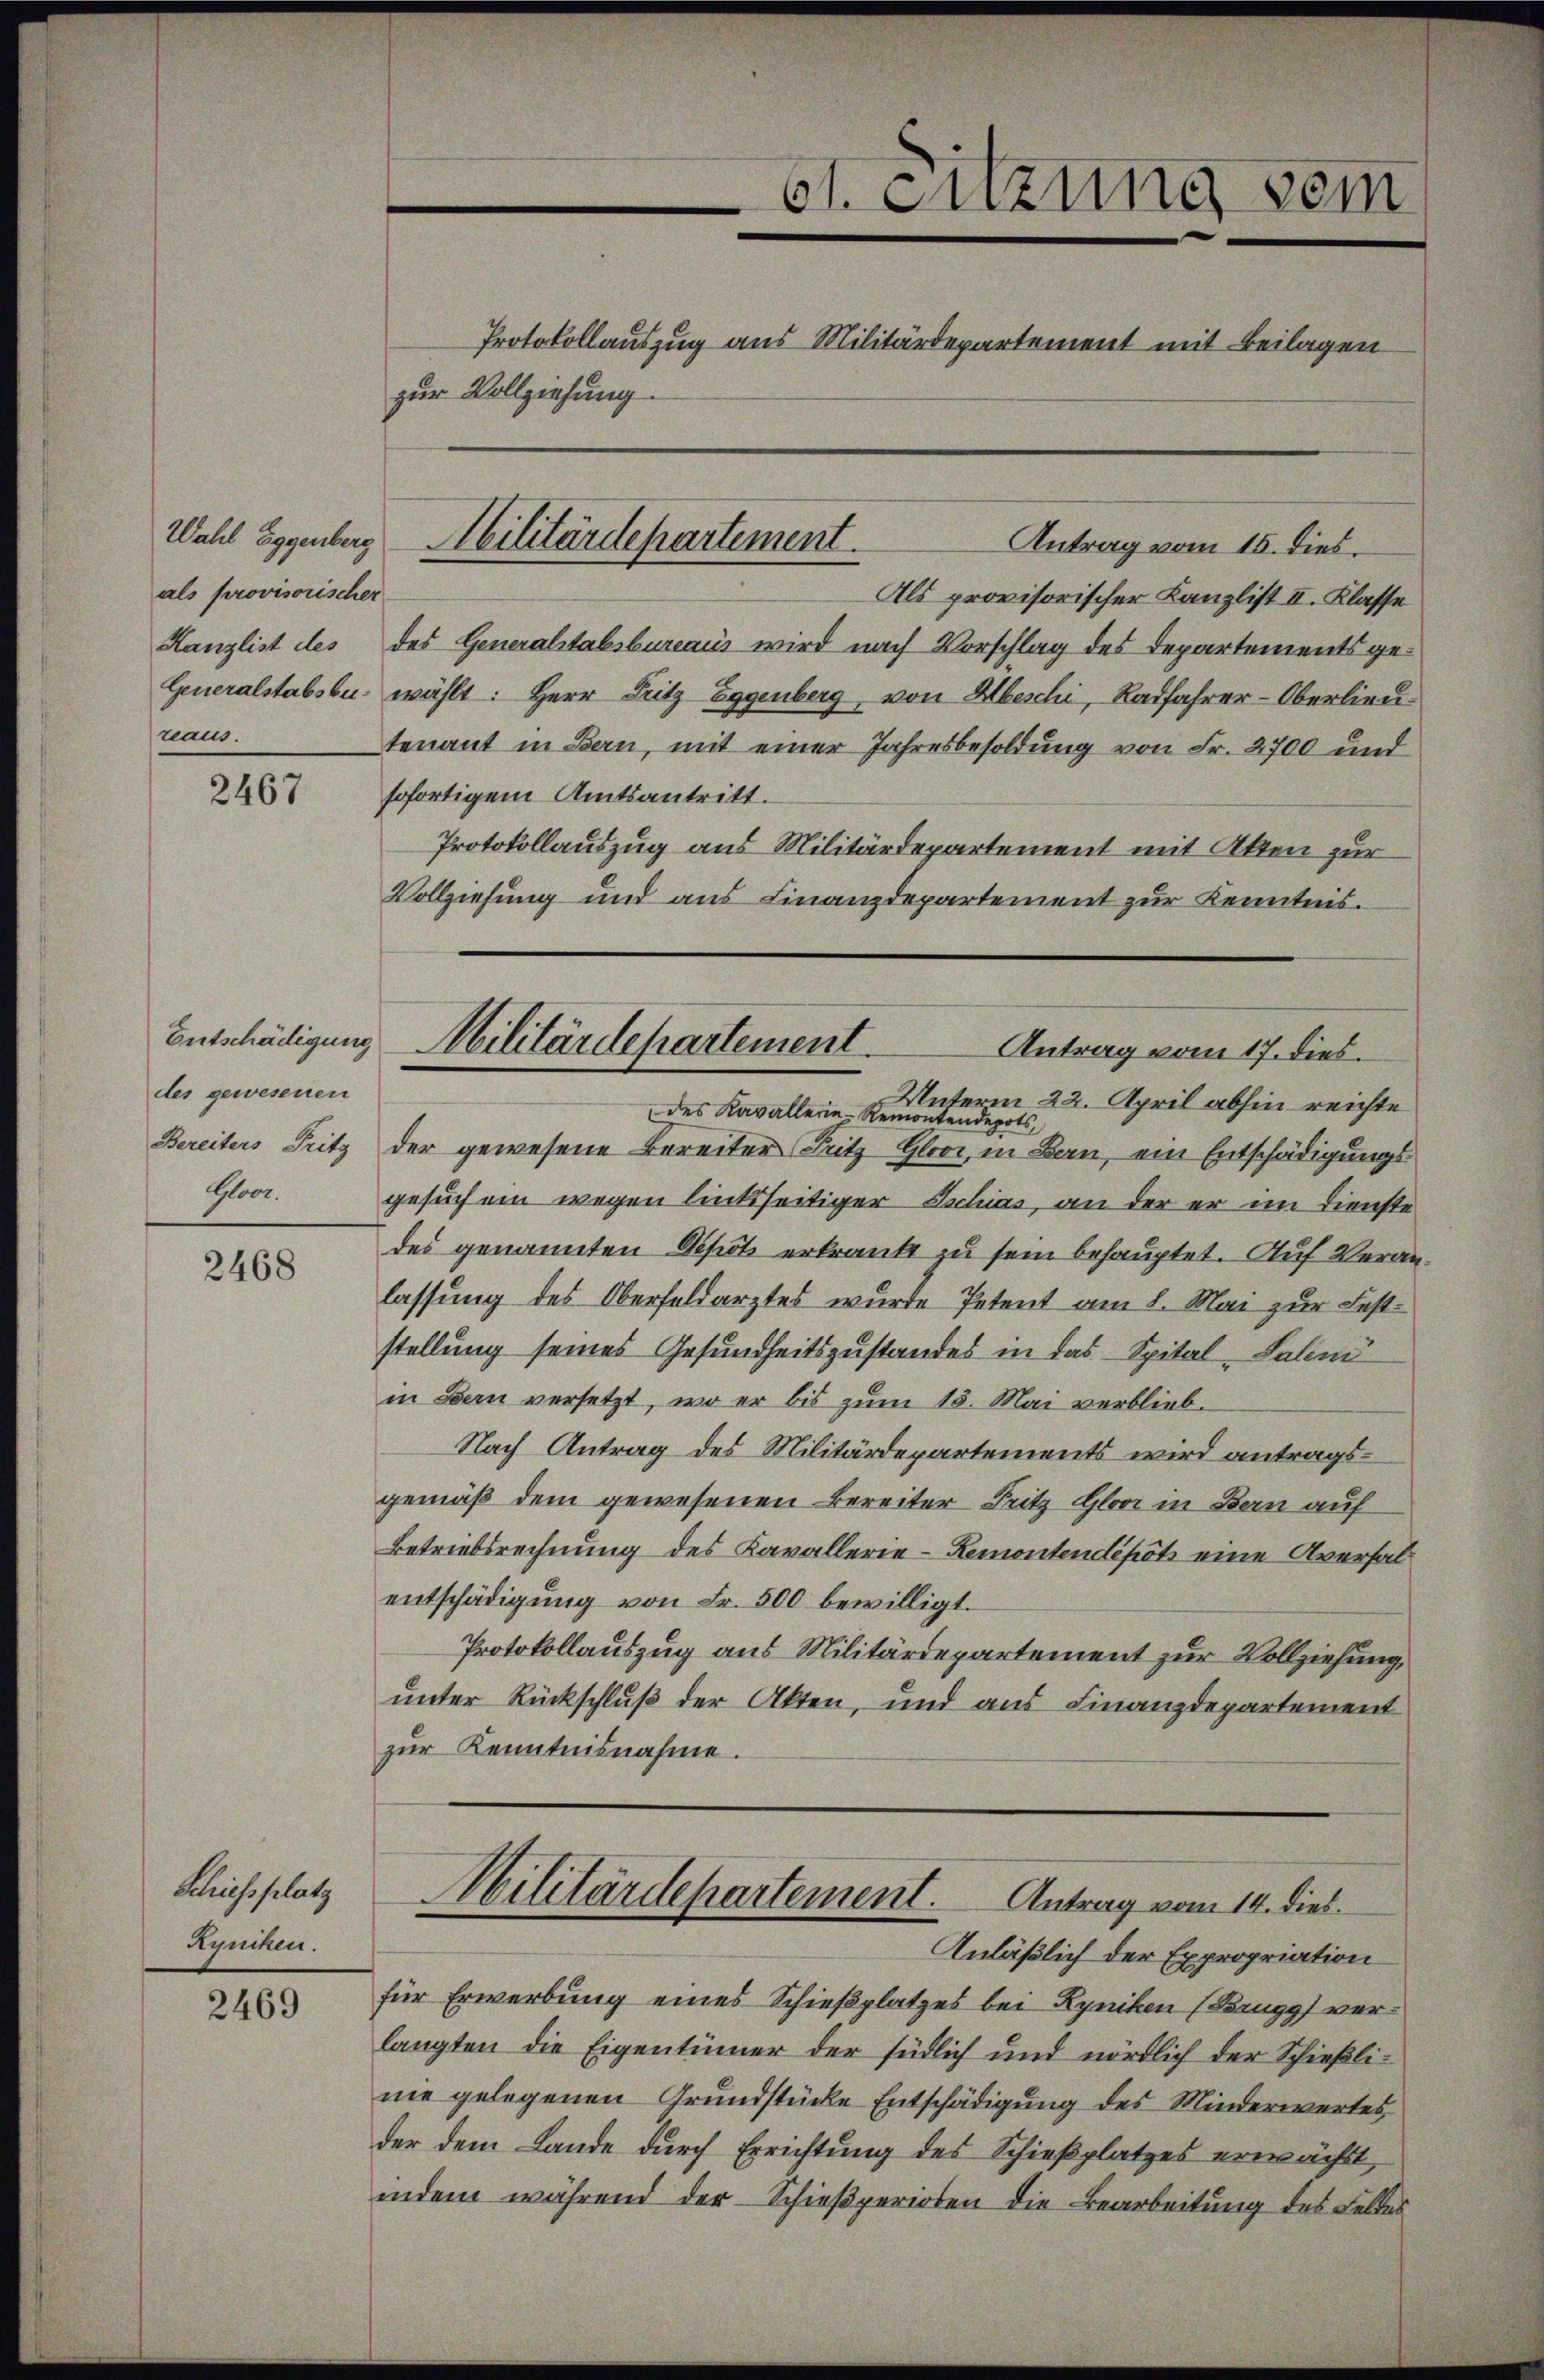
als provisorischer
Generalstabsbureaus.

2467

Entschädigung
des gewesenen
Bereiters Fritz
Gloor.

2468

Schiessplatz
Kyniken.

2469

zur Vollziehung.

Antrag vom 15. dies
Als provisorischer Kanzlist II. Klasse
Kanzlist des des Generalstabsbureaus wird nach Vorschlag des Departements gewählt: Herr Fritz Eggenberg von Abeschi, Radfahrer-Oberlieu
tenant in Bern, mit einer Jahresbesoldung von Fr. 2700 und
sofortigem Amtsantritt.
Protokollauszug aus Militärdepartement mit Akten zur
Vollziehung und aus Finanzdepartement zur Kenntnis.
Unterm 22. April abhin reichte
des Kavallerie-Remontendepots,
der gewesene Bereiter Fritz Gloor, in Bau, ein Entschädigungs
gesuchen wegen linksseitiger Eschias, an der er im Dienste
des genannten Depot erkrankt zu sein behauptet. Auf Veranlassung des Oberfeldarztes wurde Petent am 1. Mai zur Feststellung seines Gesundheitszustandes in das Spital-Lalini
in Bern versetzt, wo er bis zum 15. Mai verblieb-
Nach Antrag des Militärdepartements wird antragsgemäß dem gewesenen Bereiter Fritz Gloor in Bern auf
Betriebsrechnung des Kavallerie-Remontendepots eine Aversalentschädigung von Fr. 500 bewilligt.
Protokollauszug aus Militärdepartement zur Vollziehung,
unter Rückschluß der Akten, und aus Finanzdepartement
zur Kenntnisnahme.
Militärdepartement. Antrag vom 14. dies
Anläßlich der Expropriation
für Erwerbung eines Schießplatzes bei Rynikon (Brugg verlangten die Eigentümer der südlich und nördlich der Schießlinie gelegenen Grundstücke Entschädigung des Minderwertes,
der dem Lande durch Errichtung des Schießplatzes erwächst
indem während der Schießperioden die Bearbeitung des Feldes

Wahl Eggenberg Militärdepartement.

61. Suzung sein
Protokollauszug aus Militärdepartement mit Beilagen

Militärdepartement.
Antrag vom 17. dies.